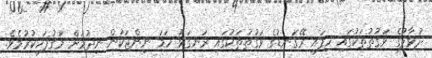
ދުވާލުގެ ވަގުތުތަކުގައި ހިފައި ރޭގަނޑުގެ ވަގުތުތަކުގައި ރަނގަޅު ހަމަ ނިންޖަކުން ނިދުމަށް މަގުފަހިކުރުމެވެ.